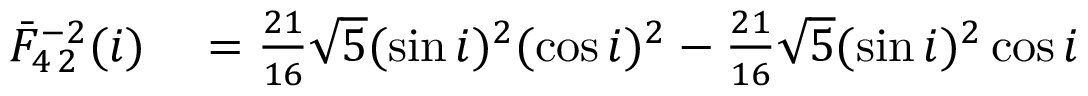
\begin{array} { r l } { \bar { F } _ { 4 \, 2 } ^ { - 2 } ( i ) } & { { } = \frac { 2 1 } { 1 6 } \sqrt { 5 } ( \sin i ) ^ { 2 } ( \cos i ) ^ { 2 } - \frac { 2 1 } { 1 6 } \sqrt { 5 } ( \sin i ) ^ { 2 } \cos i } \end{array}